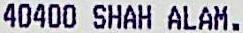
40400 SHAH ALAM.